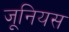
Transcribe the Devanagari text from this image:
जूनियस